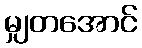
မျှတအောင်